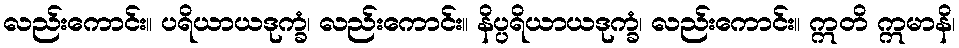
လည်းကောင်း။ ပရိယာယဒုက္ခံ၊ လည်းကောင်း။ နိပ္ပရိယာယဒုက္ခံ၊ လည်းကောင်း။ ဣတိ ဣမာနိ၊